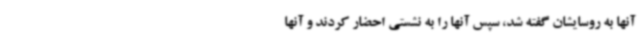
آنها به روسایشان گفته شد، سپس آنها را به نشستی احضار کردند و آنها